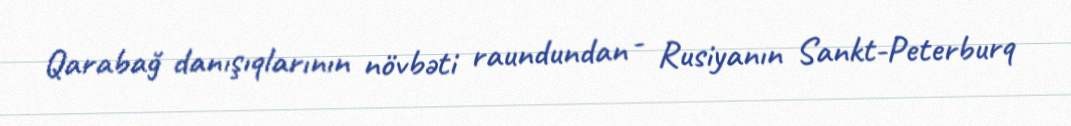
Qarabağ danışıqlarının növbəti raundundan - Rusiyanın Sankt-Peterburq